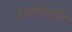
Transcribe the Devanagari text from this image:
खड़गवारी